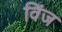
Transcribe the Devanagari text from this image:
विंज